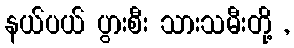
နယ်ပယ် ပွားစီး သားသမီးတို့ ,